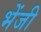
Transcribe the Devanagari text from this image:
भेंजी